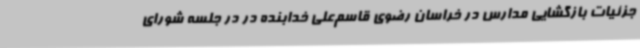
جزئیات بازگشایی مدارس در خراسان رضوی قاسم‌علی خدابنده در در جلسه شورای